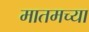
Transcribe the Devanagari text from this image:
मातमच्या